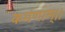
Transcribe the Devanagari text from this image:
कर्मणाम्।।